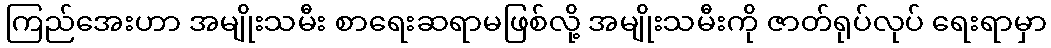
ကြည်အေးဟာ အမျိုးသမီး စာရေးဆရာမဖြစ်လို့ အမျိုးသမီးကို ဇာတ်ရုပ်လုပ် ရေးရာမှာ